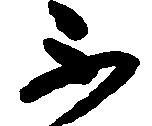
不